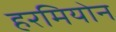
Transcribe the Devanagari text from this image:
हरमियोन